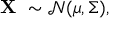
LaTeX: \mathbf { X } \ \sim { \mathcal { N } } ( { \boldsymbol { \mu } } , { \boldsymbol { \Sigma } } ) ,